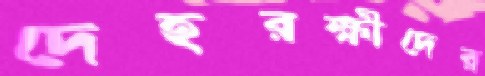
দেহরক্ষীদের